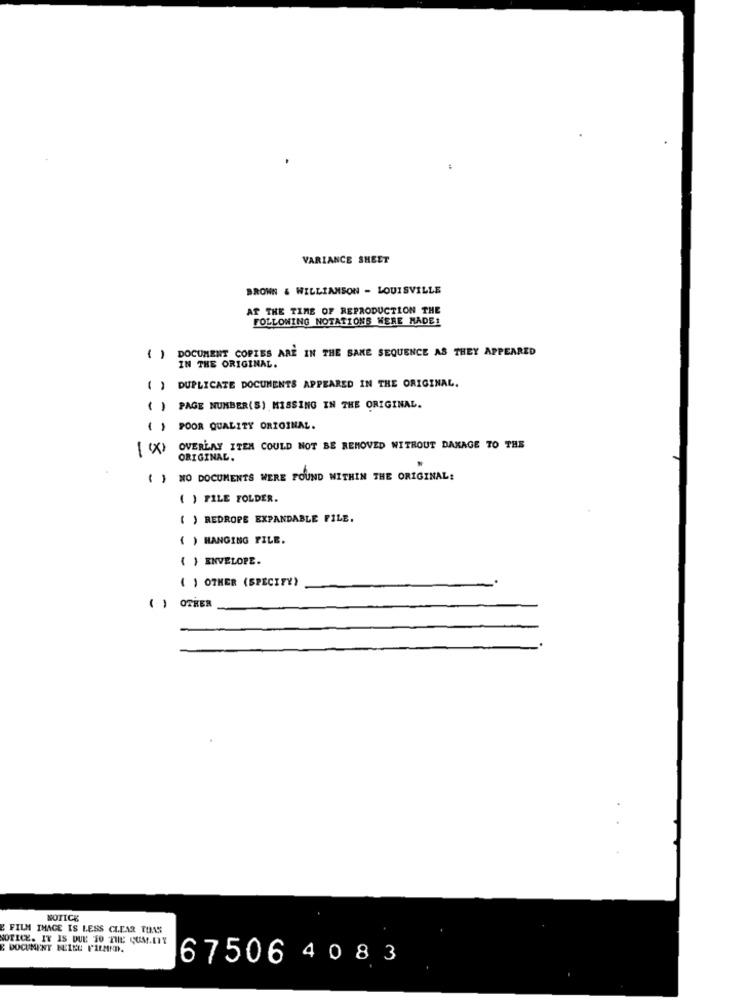
VARIANCE SHEET
BROWN & WILLIAMSON - LOUISVILLE
AT THE TIME OF REPRODUCTION THE
FOLLOWING NOTATIONS WERE MADE!
DOCUMENT COPIES ARE IN THE SAME SEQUENCE AS THEY APPEARED
( )
IN THE ORIGINAL
) DUPLICATE DOCUMENTS APPEARED IN THE ORIGINAL.
( ) PAGE NUMBER(S) MISSING IN THE ORIGINAL.
( ) POOR QUALITY ORIGINAL.
[ (X> OVERLAY ITEM COULD NOT BE REMOVED WITHOUT DAMAGE TO THE
ORIGINAL.
( ) NO DOCUMENTS WERE FOUND WITHIN THE ORIGINAL:
( ) FILE FOLDER.
( ) REDROPE EXPANDABLE FILE.
( ) HANGING FILE.
{ } ENVELOPE.
( ) OTHER (SPECIFY)
( ) OTHER
NOTICE
FILM IMAGE IS LESS CLEAR TUAS
NOTICE. IT IS DUE TO THE CUM.ITY
E DOCUMENT NELLE FILAND.
67506 4 083